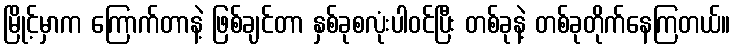
မြိုင့်မှာက ကြောက်တာနဲ့ ဖြစ်ချင်တာ နှစ်ခုစလုံးပါဝင်ပြီး တစ်ခုနဲ့ တစ်ခုတိုက်နေကြတယ်။